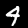
Label: 4